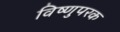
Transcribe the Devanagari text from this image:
विष्णुपरक